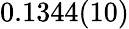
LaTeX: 0.1344(10)